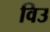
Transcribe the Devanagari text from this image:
विउ